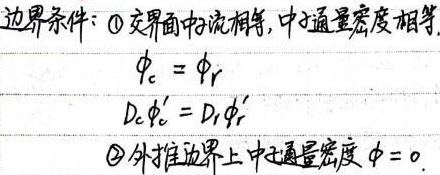
边界条件：\textcircled{1}交界面中流相等，$\phi$通量密度相等。
\[
\begin{align*}
\phi_{c}&=\phi_{r}\\
D_{c}\phi_{c}'&=D_{r}\phi_{r}'
\end{align*}
\]
\textcircled{2}外推边界上$\phi$通量密度$\phi = 0$。